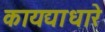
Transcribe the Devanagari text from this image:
कायद्याधारे